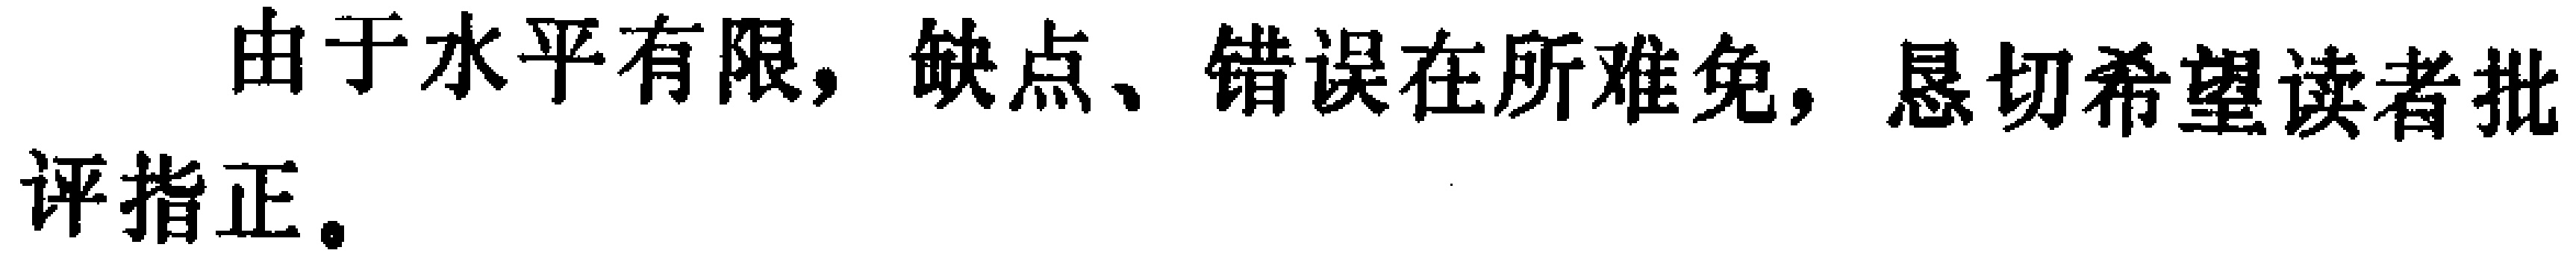
由于水平有限，缺点、错误在所难免，恳切希望读者批评指正。